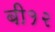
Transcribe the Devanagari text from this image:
बी१२